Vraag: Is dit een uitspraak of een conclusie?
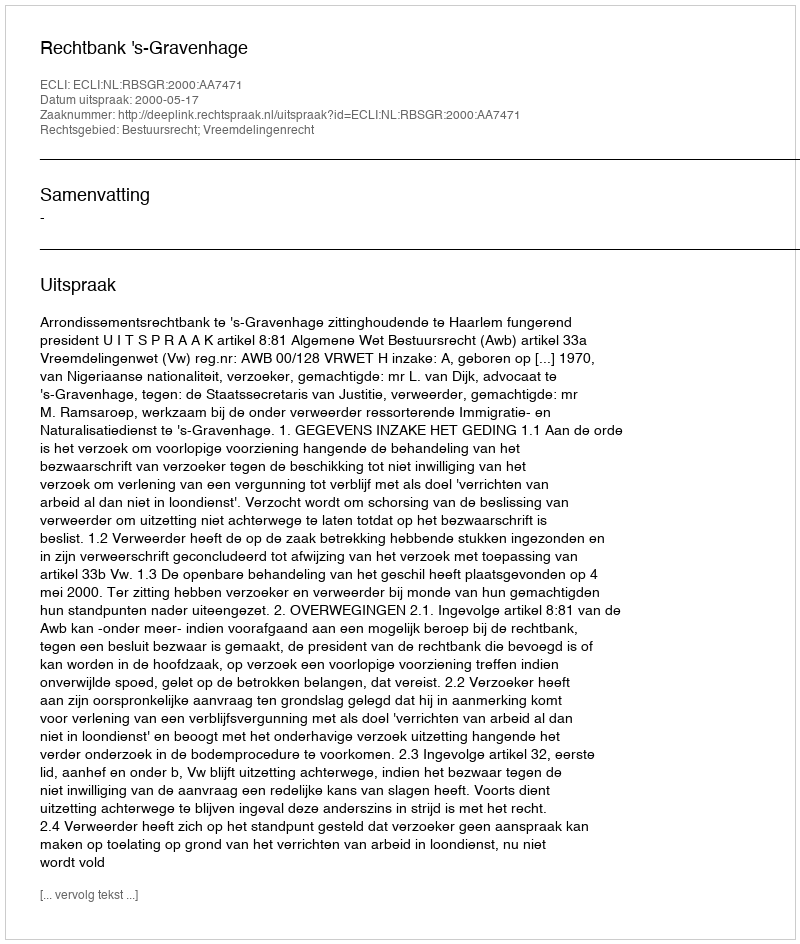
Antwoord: Uitspraak